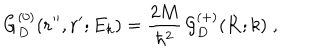
G _ { D } ^ { ( 0 ) } ( { \bf r ^ { \prime \prime } } , { \bf r ^ { \prime } } ; E _ { k } ) = \frac { 2 M } { \hbar ^ { 2 } } \, { \mathcal G } _ { D } ^ { ( + ) } ( { \bf R } ; k ) \; ,